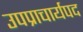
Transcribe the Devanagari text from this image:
उपप्राचार्यपद